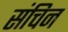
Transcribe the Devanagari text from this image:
संचिन